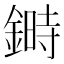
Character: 𨫉